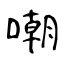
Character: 嘲